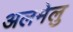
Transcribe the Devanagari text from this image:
अलमेलु